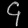
Digit: ၄